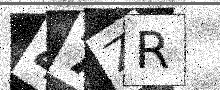
Text: 47ZR